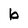
Character: b